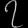
Digit: ၇